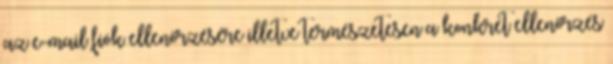
az e-mail fiók ellenőrzésére illetve természetesen a konkrét ellenőrzés